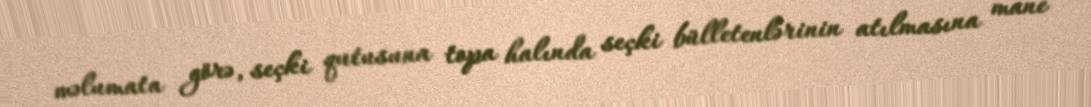
məlumata görə, seçki qutusuna topa halında seçki bülletenlərinin atılmasına mane